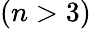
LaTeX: (n>3)